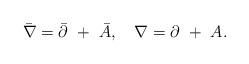
LaTeX: \begin{align*}\bar\nabla=\bar\partial~+~\bar A,~~~\nabla=\partial~+~A.\end{align*}